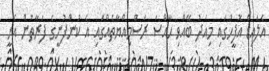
އެލައިޑް އޮފީހުގައި މިއަދު ބޭއްވި ހާއްސަ ރަސްމިއްޔާތެއްގައި އެ ކުންފުނީގެ ފަރާތުން އެހީ